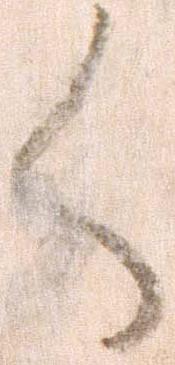
く